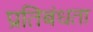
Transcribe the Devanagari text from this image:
प्रतिबंधता